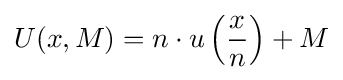
U(x,M)=n\cdot u\left({\frac {x}{n}}\right)+M